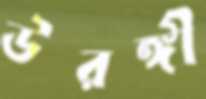
উরঙ্গী